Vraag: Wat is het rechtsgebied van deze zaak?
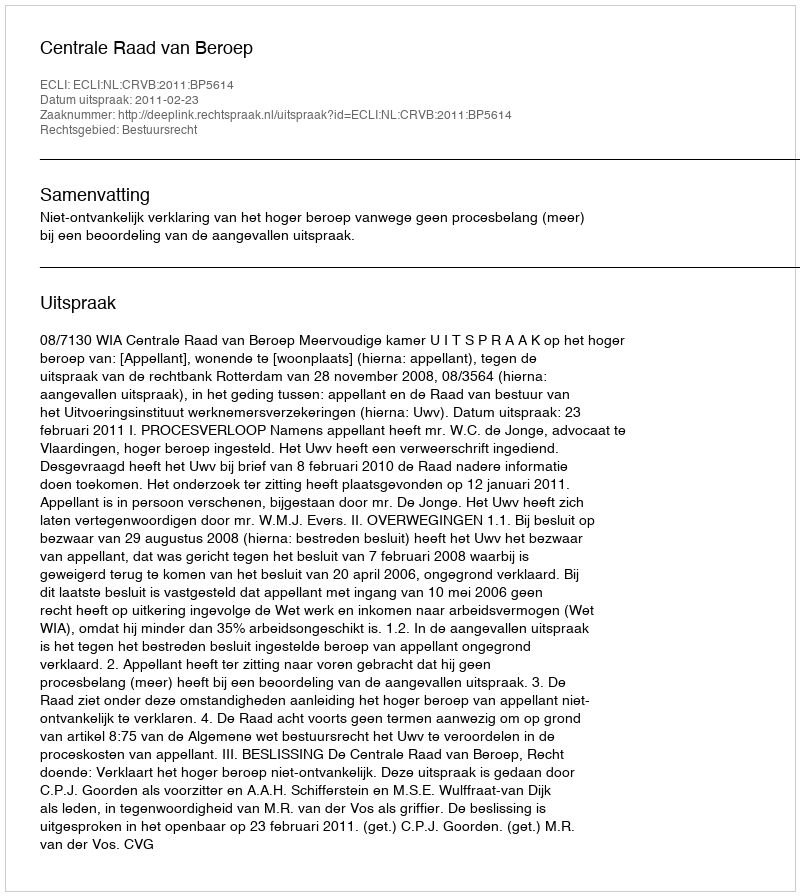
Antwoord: Bestuursrecht